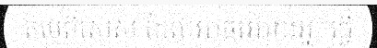
តម្លៃពិសេស ដែលអាចអោយអ្នកធ្វើ